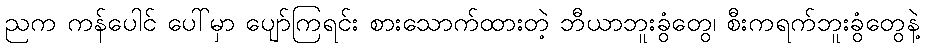
ညက ကန်ပေါင် ပေါ်မှာ ပျော်ကြရင်း စားသောက်ထားတဲ့ ဘီယာဘူးခွံတွေ၊ စီးကရက်ဘူးခွံတွေနဲ့